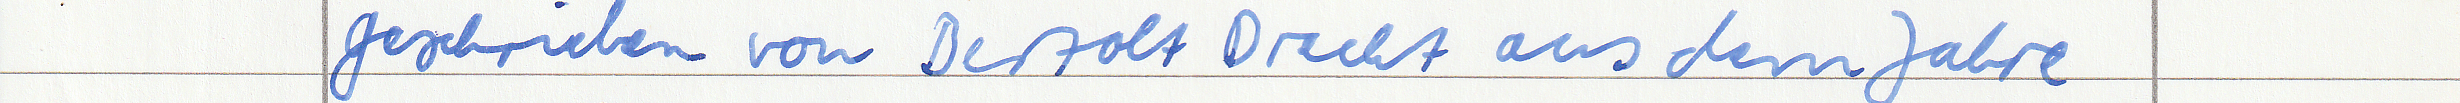
geschrieben von Bertolt Brecht aus dem Jahre